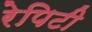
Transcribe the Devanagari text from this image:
रेपिटी